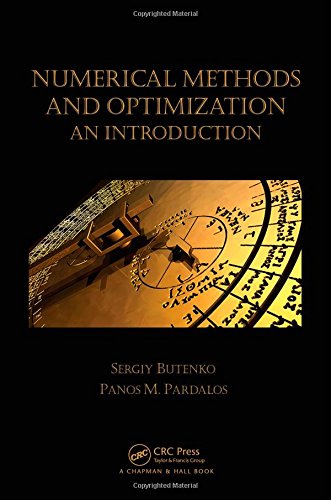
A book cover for Numerical Methods and Optimization: An Introduction (Chapman & Hall/CRC Numerical Analysis and Scientific Computing Series); Sergiy Butenko; Science & Math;